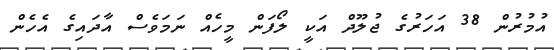
އުމުރުން 38 އަހަރުގެ ޖުލޫދް އަކީ ލޯފަން މީހެއް ނަމަވެސް އާދައިގެ އެހެން